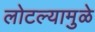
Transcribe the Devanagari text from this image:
लोटल्यामुळे